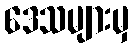
ဒေသများမှ